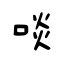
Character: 啖